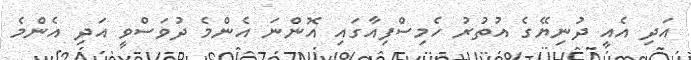
އަދި އެއީ ދުނިޔޭގެ އުތުރު ހެމިސްފިއާގައި އޮންނަ އެންމެ ދުވަސްވީ އަދި އެންމެ